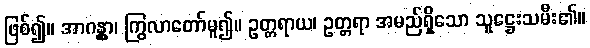
ဖြစ်၍။ အာဂန္တွာ၊ ကြွလာတော်မူ၍။ ဥတ္တရာယ၊ ဥတ္တရာ အမည်ရှိသော သူဋ္ဌေးသမီး၏။